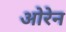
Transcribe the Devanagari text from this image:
ओरेन